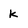
Character: k